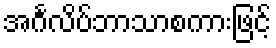
အင်္ဂလိပ်ဘာသာစကားဖြင့်